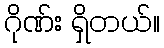
ဂိုဏ်း ရှိတယ်။